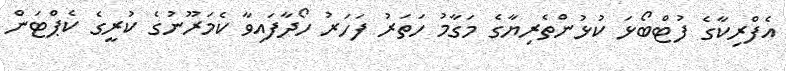
އެފްރިކާގެ ފުޓްބޯޅަ ކުޅުންތެރިޔާގެ މަގާމު ހަތަރު ފަހަރު ހޯދާފައިވާ ކެމަރޫނުގެ ކުރީގެ ކެޕްޓަން